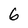
Character: 6